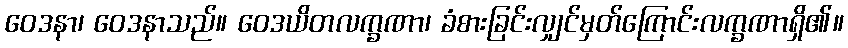
ဝေဒနာ၊ ဝေဒနာသည်။ ဝေဒယိတလက္ခဏာ၊ ခံစားခြင်းလျှင်မှတ်ကြောင်းလက္ခဏာရှိ၏။